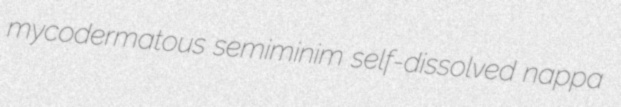
mycodermatous semiminim self-dissolved nappa